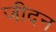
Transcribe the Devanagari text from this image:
जीदन